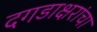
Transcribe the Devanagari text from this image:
दगडाक्षरांचा